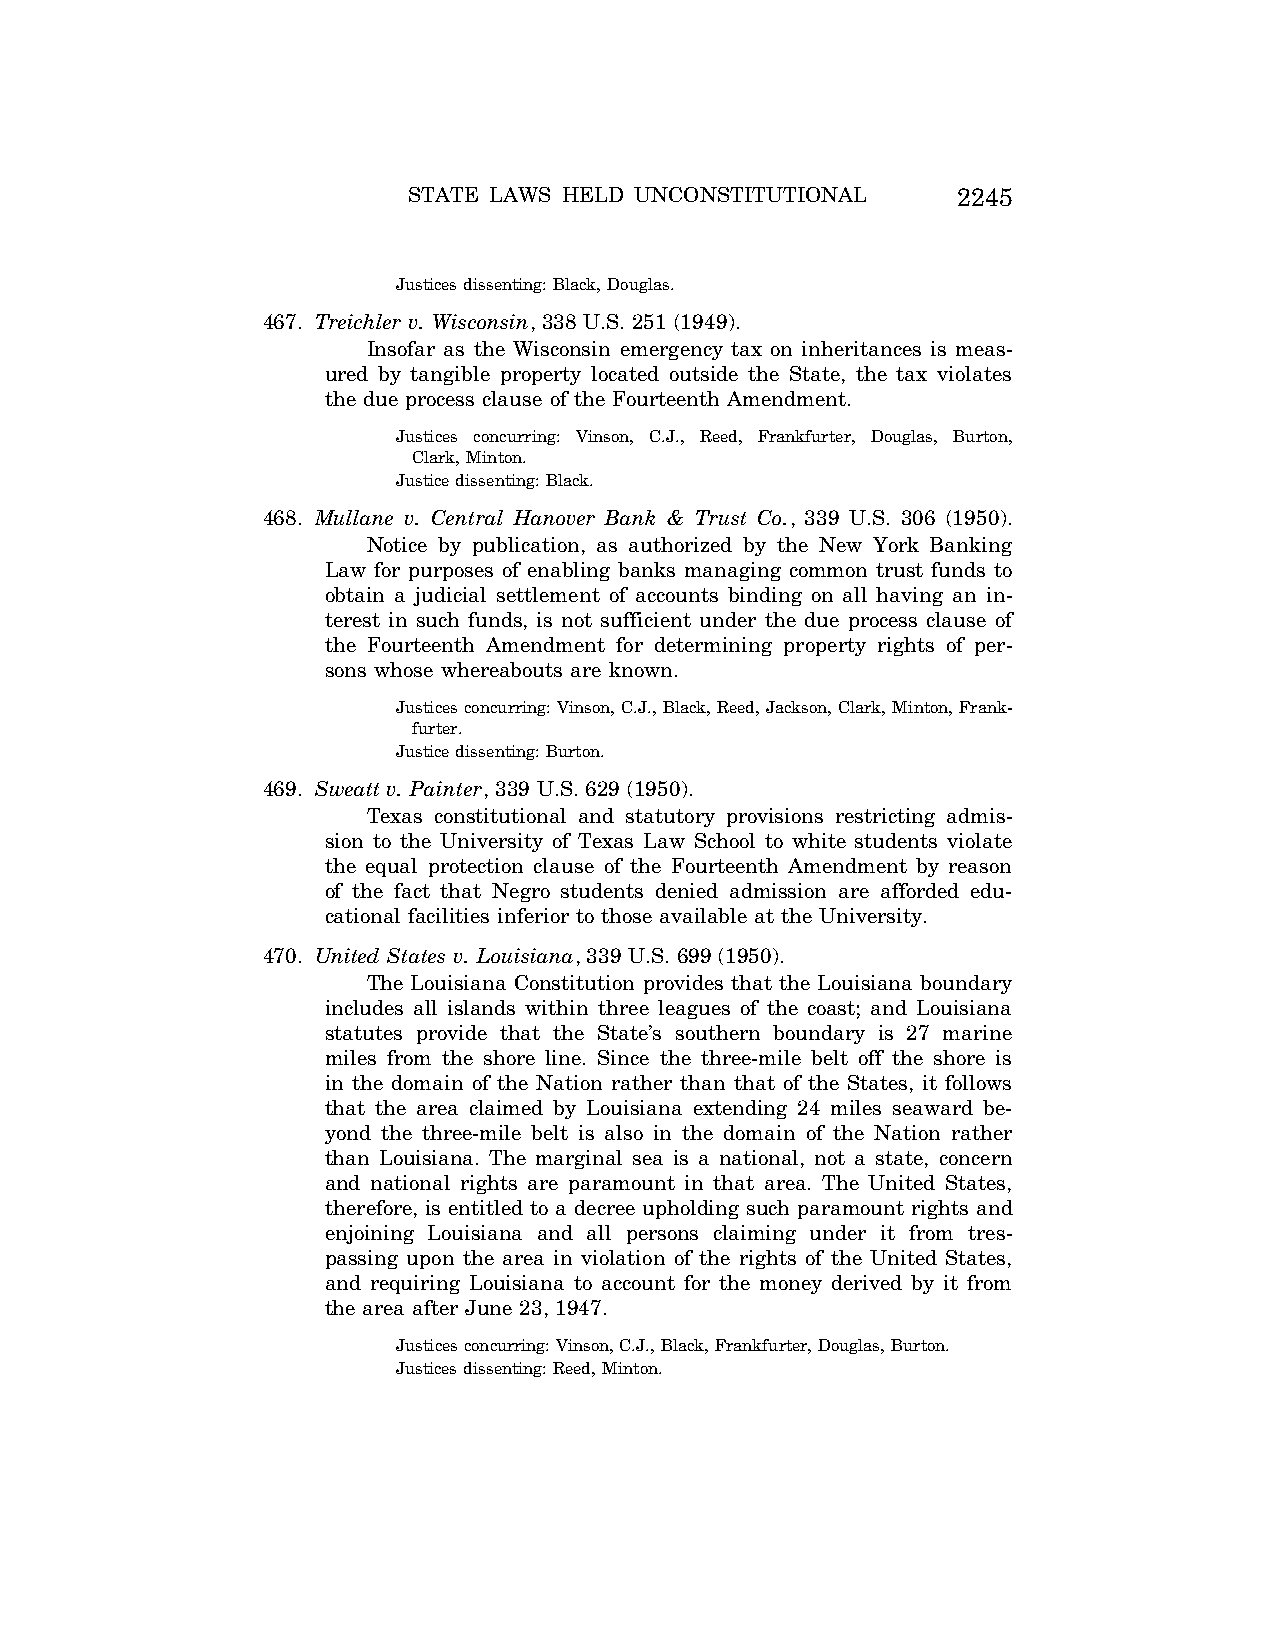
STATE LAWS HELD UNCONSTITUTIONAL    2245
 Justices dissenting: Black, Douglas.
 467. Treichler v. Wisconsin, 338 U.S. 251 (1949).
 Insofar as the Wisconsin emergency tax on inheritances is meas-
 ured by tangible property located outside the State, the tax violates
 the due process clause of the Fourteenth Amendment.
 Justices concurring: Vinson, C.J., Reed, Frankfurter, Douglas, Burton,
 Clark, Minton.
 Justice dissenting: Black.
 468. Mullane v. Central Hanover Bank & Trust Co., 339 U.S. 306 (1950).
 Notice by publication, as authorized by the New York Banking
 Law for purposes of enabling banks managing common trust funds to
 obtain a judicial settlement of accounts binding on all having an in-
 terest in such funds, is not sufficient under the due process clause of
 the Fourteenth Amendment for determining property rights of per-
 sons whose whereabouts are known.
 Justices concurring: Vinson, C.J., Black, Reed, Jackson, Clark, Minton, Frank-
 furter.
 Justice dissenting: Burton.
 469. Sweatt v. Painter, 339 U.S. 629 (1950).
 Texas constitutional and statutory provisions restricting admis-
 sion to the University of Texas Law School to white students violate
 the equal protection clause of the Fourteenth Amendment by reason
 of the fact that Negro students denied admission are afforded edu-
 cational facilities inferior to those available at the University.
 470. United States v. Louisiana, 339 U.S. 699 (1950).
 The Louisiana Constitution provides that the Louisiana boundary
 includes all islands within three leagues of the coast; and Louisiana
 statutes provide that the State’s southern boundary is 27 marine
 miles from the shore line. Since the three-mile belt off the shore is
 in the domain of the Nation rather than that of the States, it follows
 that the area claimed by Louisiana extending 24 miles seaward be-
 yond the three-mile belt is also in the domain of the Nation rather
 than Louisiana. The marginal sea is a national, not a state, concern
 and national rights are paramount in that area. The United States,
 therefore, is entitled to a decree upholding such paramount rights and
 enjoining Louisiana and all persons claiming under it from tres-
 passing upon the area in violation of the rights of the United States,
 and requiring Louisiana to account for the money derived by it from
 the area after June 23, 1947.
 Justices concurring: Vinson, C.J., Black, Frankfurter, Douglas, Burton.
 Justices dissenting: Reed, Minton.
 VerDate Aug<04>2004 12:57 Aug 23, 2004 Jkt 077500 PO 00000 Frm 00085 Fmt 8222 Sfmt 8222 C:\CONAN\CON064.SGM PRFM99 PsN: CON064